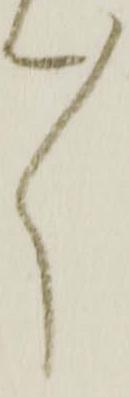
々